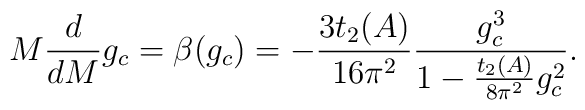
M \frac{d}{dM} g_c = \beta(g_c) = -\frac{3 t_2(A)}{16 \pi^2}      \frac{g_c^3}{1 - \frac{t_2(A)}{8 \pi^2}g_c^2}.